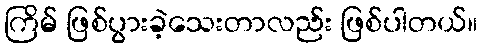
ကြိမ် ဖြစ်ပွားခဲ့သေးတာလည်း ဖြစ်ပါတယ်။